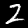
Label: 2